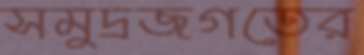
সমুদ্রজগতের